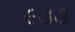
૯૩૩